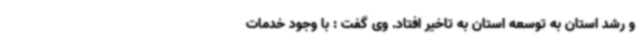
و رشد استان به توسعه استان به تاخیر افتاد. وی گفت : با وجود خدمات